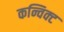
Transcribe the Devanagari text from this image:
कन्विक्ट